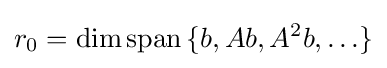
r_{0}=\operatorname {dim} \operatorname {span} \,\{b,Ab,A^{2}b,\ldots \}